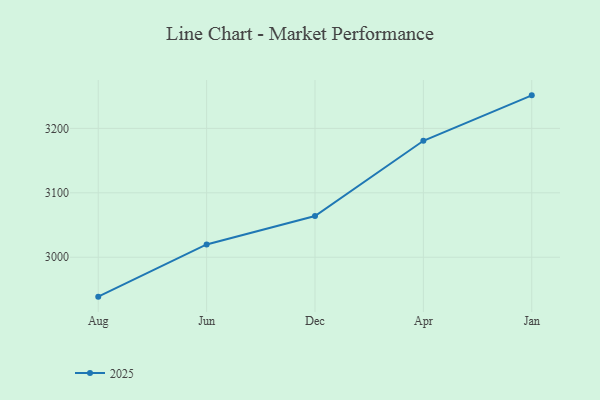
{"axis": {"x": "Month", "y": "Gross Profit (USD K)"}, "legend": ["2025"], "data": [{"x": "Aug", "y": 2938.8, "type": "2025"}, {"x": "Jun", "y": 3019.8, "type": "2025"}, {"x": "Dec", "y": 3064.0, "type": "2025"}, {"x": "Apr", "y": 3180.8, "type": "2025"}, {"x": "Jan", "y": 3251.3, "type": "2025"}]}